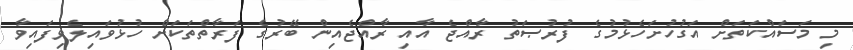
މި މަސައްކަތަށް އަގުހުށަހެޅުމުގެ ފުރުޞަތު ރާއްޖެ އާއި ރާއްޖެއިން ބޭރުގެ ފަރާތްތަކަށް ހުޅުވައިލެވިފައިވާ